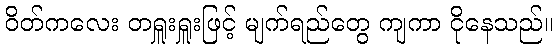
ဝိတ်ကလေး တရှူးရှူးဖြင့် မျက်ရည်တွေ ကျကာ ငိုနေသည်။